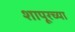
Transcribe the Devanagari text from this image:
शापूरच्या